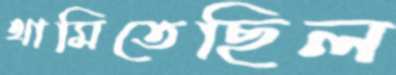
থামিতেছিল